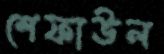
শেফাঊল